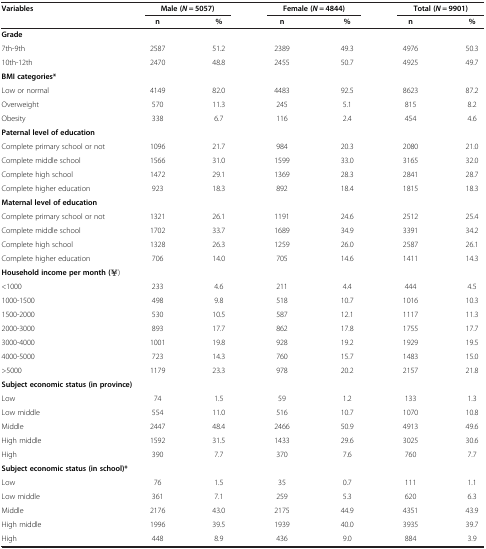
<table><thead><tr><td><b>Variables</b></td><td colspan="2"><b>Male (<i>N</i> = 5057)</b></td><td colspan="2"><b>Female (<i>N</i> = 4844)</b></td><td colspan="2"><b>Total (<i>N</i> = 9901)</b></td></tr><tr><td><b> </b></td><td><b>n</b></td><td><b>%</b></td><td><b>n</b></td><td><b>%</b></td><td><b>n</b></td><td><b>%</b></td></tr></thead><tbody><tr><td><b>Grade</b></td><td> </td><td> </td><td> </td><td> </td><td> </td><td> </td></tr><tr><td>7th-9th</td><td>2587</td><td>51.2</td><td>2389</td><td>49.3</td><td>4976</td><td>50.3</td></tr><tr><td>10th-12th</td><td>2470</td><td>48.8</td><td>2455</td><td>50.7</td><td>4925</td><td>49.7</td></tr><tr><td colspan="2"><b>BMI categories*</b></td><td> </td><td> </td><td> </td><td> </td><td> </td></tr><tr><td>Low or normal</td><td>4149</td><td>82.0</td><td>4483</td><td>92.5</td><td>8623</td><td>87.2</td></tr><tr><td>Overweight</td><td>570</td><td>11.3</td><td>245</td><td>5.1</td><td>815</td><td>8.2</td></tr><tr><td>Obesity</td><td>338</td><td>6.7</td><td>116</td><td>2.4</td><td>454</td><td>4.6</td></tr><tr><td><b>Paternal level of education</b></td><td> </td><td> </td><td> </td><td> </td><td> </td><td> </td></tr><tr><td>Complete primary school or not</td><td>1096</td><td>21.7</td><td>984</td><td>20.3</td><td>2080</td><td>21.0</td></tr><tr><td>Complete middle school</td><td>1566</td><td>31.0</td><td>1599</td><td>33.0</td><td>3165</td><td>32.0</td></tr><tr><td>Complete high school</td><td>1472</td><td>29.1</td><td>1369</td><td>28.3</td><td>2841</td><td>28.7</td></tr><tr><td>Complete higher education</td><td>923</td><td>18.3</td><td>892</td><td>18.4</td><td>1815</td><td>18.3</td></tr><tr><td><b>Maternal level of education</b></td><td> </td><td> </td><td> </td><td> </td><td> </td><td> </td></tr><tr><td>Complete primary school or not</td><td>1321</td><td>26.1</td><td>1191</td><td>24.6</td><td>2512</td><td>25.4</td></tr><tr><td>Complete middle school</td><td>1702</td><td>33.7</td><td>1689</td><td>34.9</td><td>3391</td><td>34.2</td></tr><tr><td>Complete high school</td><td>1328</td><td>26.3</td><td>1259</td><td>26.0</td><td>2587</td><td>26.1</td></tr><tr><td>Complete higher education</td><td>706</td><td>14.0</td><td>705</td><td>14.6</td><td>1411</td><td>14.3</td></tr><tr><td colspan="2"><b>Household income per month (¥)</b></td><td> </td><td> </td><td> </td><td> </td><td> </td></tr><tr><td>&lt;1000</td><td>233</td><td>4.6</td><td>211</td><td>4.4</td><td>444</td><td>4.5</td></tr><tr><td>1000-1500</td><td>498</td><td>9.8</td><td>518</td><td>10.7</td><td>1016</td><td>10.3</td></tr><tr><td>1500-2000</td><td>530</td><td>10.5</td><td>587</td><td>12.1</td><td>1117</td><td>11.3</td></tr><tr><td>2000-3000</td><td>893</td><td>17.7</td><td>862</td><td>17.8</td><td>1755</td><td>17.7</td></tr><tr><td>3000-4000</td><td>1001</td><td>19.8</td><td>928</td><td>19.2</td><td>1929</td><td>19.5</td></tr><tr><td>4000-5000</td><td>723</td><td>14.3</td><td>760</td><td>15.7</td><td>1483</td><td>15.0</td></tr><tr><td>&gt;5000</td><td>1179</td><td>23.3</td><td>978</td><td>20.2</td><td>2157</td><td>21.8</td></tr><tr><td colspan="2"><b>Subject economic status (in province)</b></td><td> </td><td> </td><td> </td><td> </td><td> </td></tr><tr><td>Low</td><td>74</td><td>1.5</td><td>59</td><td>1.2</td><td>133</td><td>1.3</td></tr><tr><td>Low middle</td><td>554</td><td>11.0</td><td>516</td><td>10.7</td><td>1070</td><td>10.8</td></tr><tr><td>Middle</td><td>2447</td><td>48.4</td><td>2466</td><td>50.9</td><td>4913</td><td>49.6</td></tr><tr><td>High middle</td><td>1592</td><td>31.5</td><td>1433</td><td>29.6</td><td>3025</td><td>30.6</td></tr><tr><td>High</td><td>390</td><td>7.7</td><td>370</td><td>7.6</td><td>760</td><td>7.7</td></tr><tr><td colspan="2"><b>Subject economic status (in school)*</b></td><td> </td><td> </td><td> </td><td> </td><td> </td></tr><tr><td>Low</td><td>76</td><td>1.5</td><td>35</td><td>0.7</td><td>111</td><td>1.1</td></tr><tr><td>Low middle</td><td>361</td><td>7.1</td><td>259</td><td>5.3</td><td>620</td><td>6.3</td></tr><tr><td>Middle</td><td>2176</td><td>43.0</td><td>2175</td><td>44.9</td><td>4351</td><td>43.9</td></tr><tr><td>High middle</td><td>1996</td><td>39.5</td><td>1939</td><td>40.0</td><td>3935</td><td>39.7</td></tr><tr><td>High</td><td>448</td><td>8.9</td><td>436</td><td>9.0</td><td>884</td><td>3.9</td></tr></tbody></table>